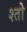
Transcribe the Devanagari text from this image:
श्तो